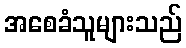
အစေခံသူများသည်